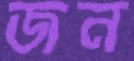
জন